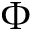
\Phi